Annual report on the working of the Harcourt Butler Institute of Public Health, Rangoon
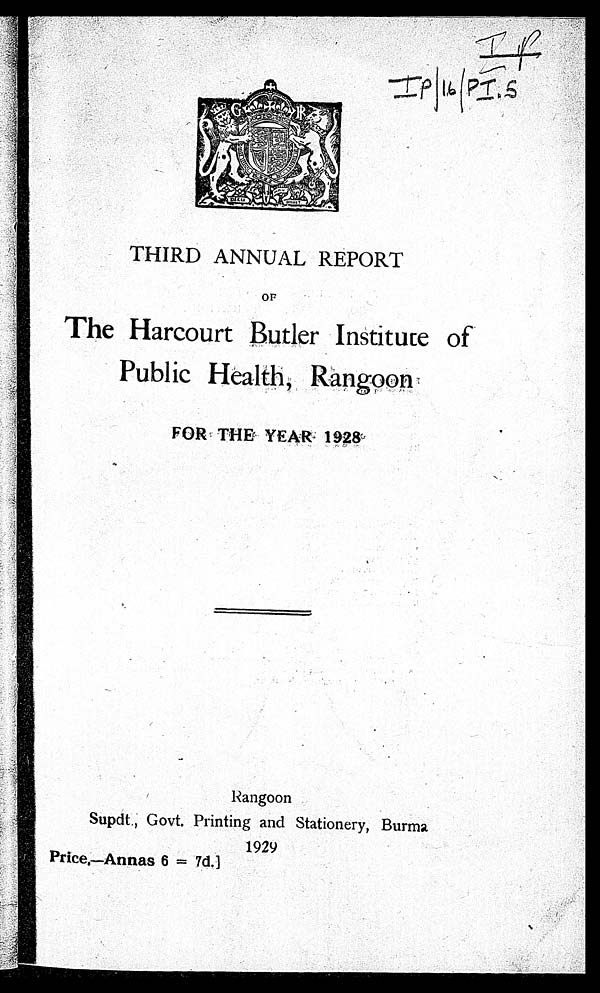
IF
IP/16/PI.S
THIRD ANNUAL REPORT
OF
The Harcourt Butler Institute of
Public Health, Rangoon
FOR THE YEAR 1928
Rangoon
Supdt., Govt. Printing and Stationery, Burma
1929
Price,—Annas 6 = 7d.]